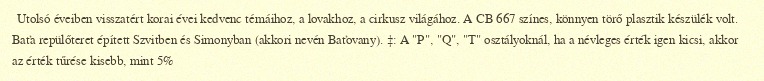
Utolsó éveiben visszatért korai évei kedvenc témáihoz, a lovakhoz, a cirkusz világához. A CB 667 színes, könnyen törő plasztik készülék volt. Baťa repülőteret épített Szvitben és Simonyban (akkori nevén Baťovany). ‡: A "P", "Q", "T" osztályoknál, ha a névleges érték igen kicsi, akkor az érték tűrése kisebb, mint 5%